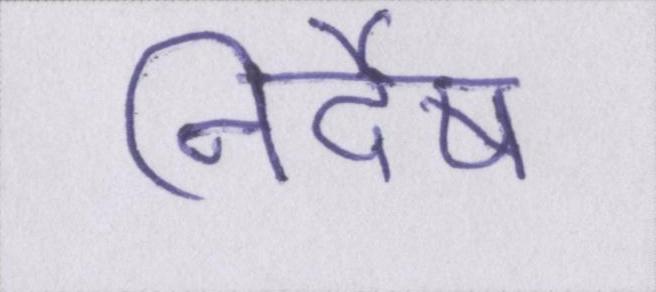
निर्देष